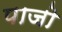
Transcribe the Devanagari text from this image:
पाजो